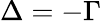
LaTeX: \Delta=-\Gamma